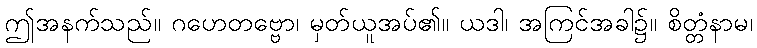
ဤအနက်သည်။ ဂဟေတဗ္ဗော၊ မှတ်ယူအပ်၏။ ယဒါ၊ အကြင်အခါ၌။ စိတ္တံနာမ၊